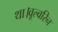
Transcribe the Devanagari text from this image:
था।वूल्वरिन